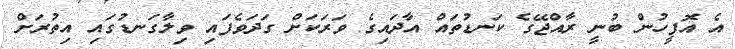
އެ އޮފީހުން ބުނީ ރާއްޖޭގެ ކަނޑުތައް އާދައިގެ ވަރަކަށް ގަދަވެފައި ވިލާގަނޑުގައި އިތުރަށް